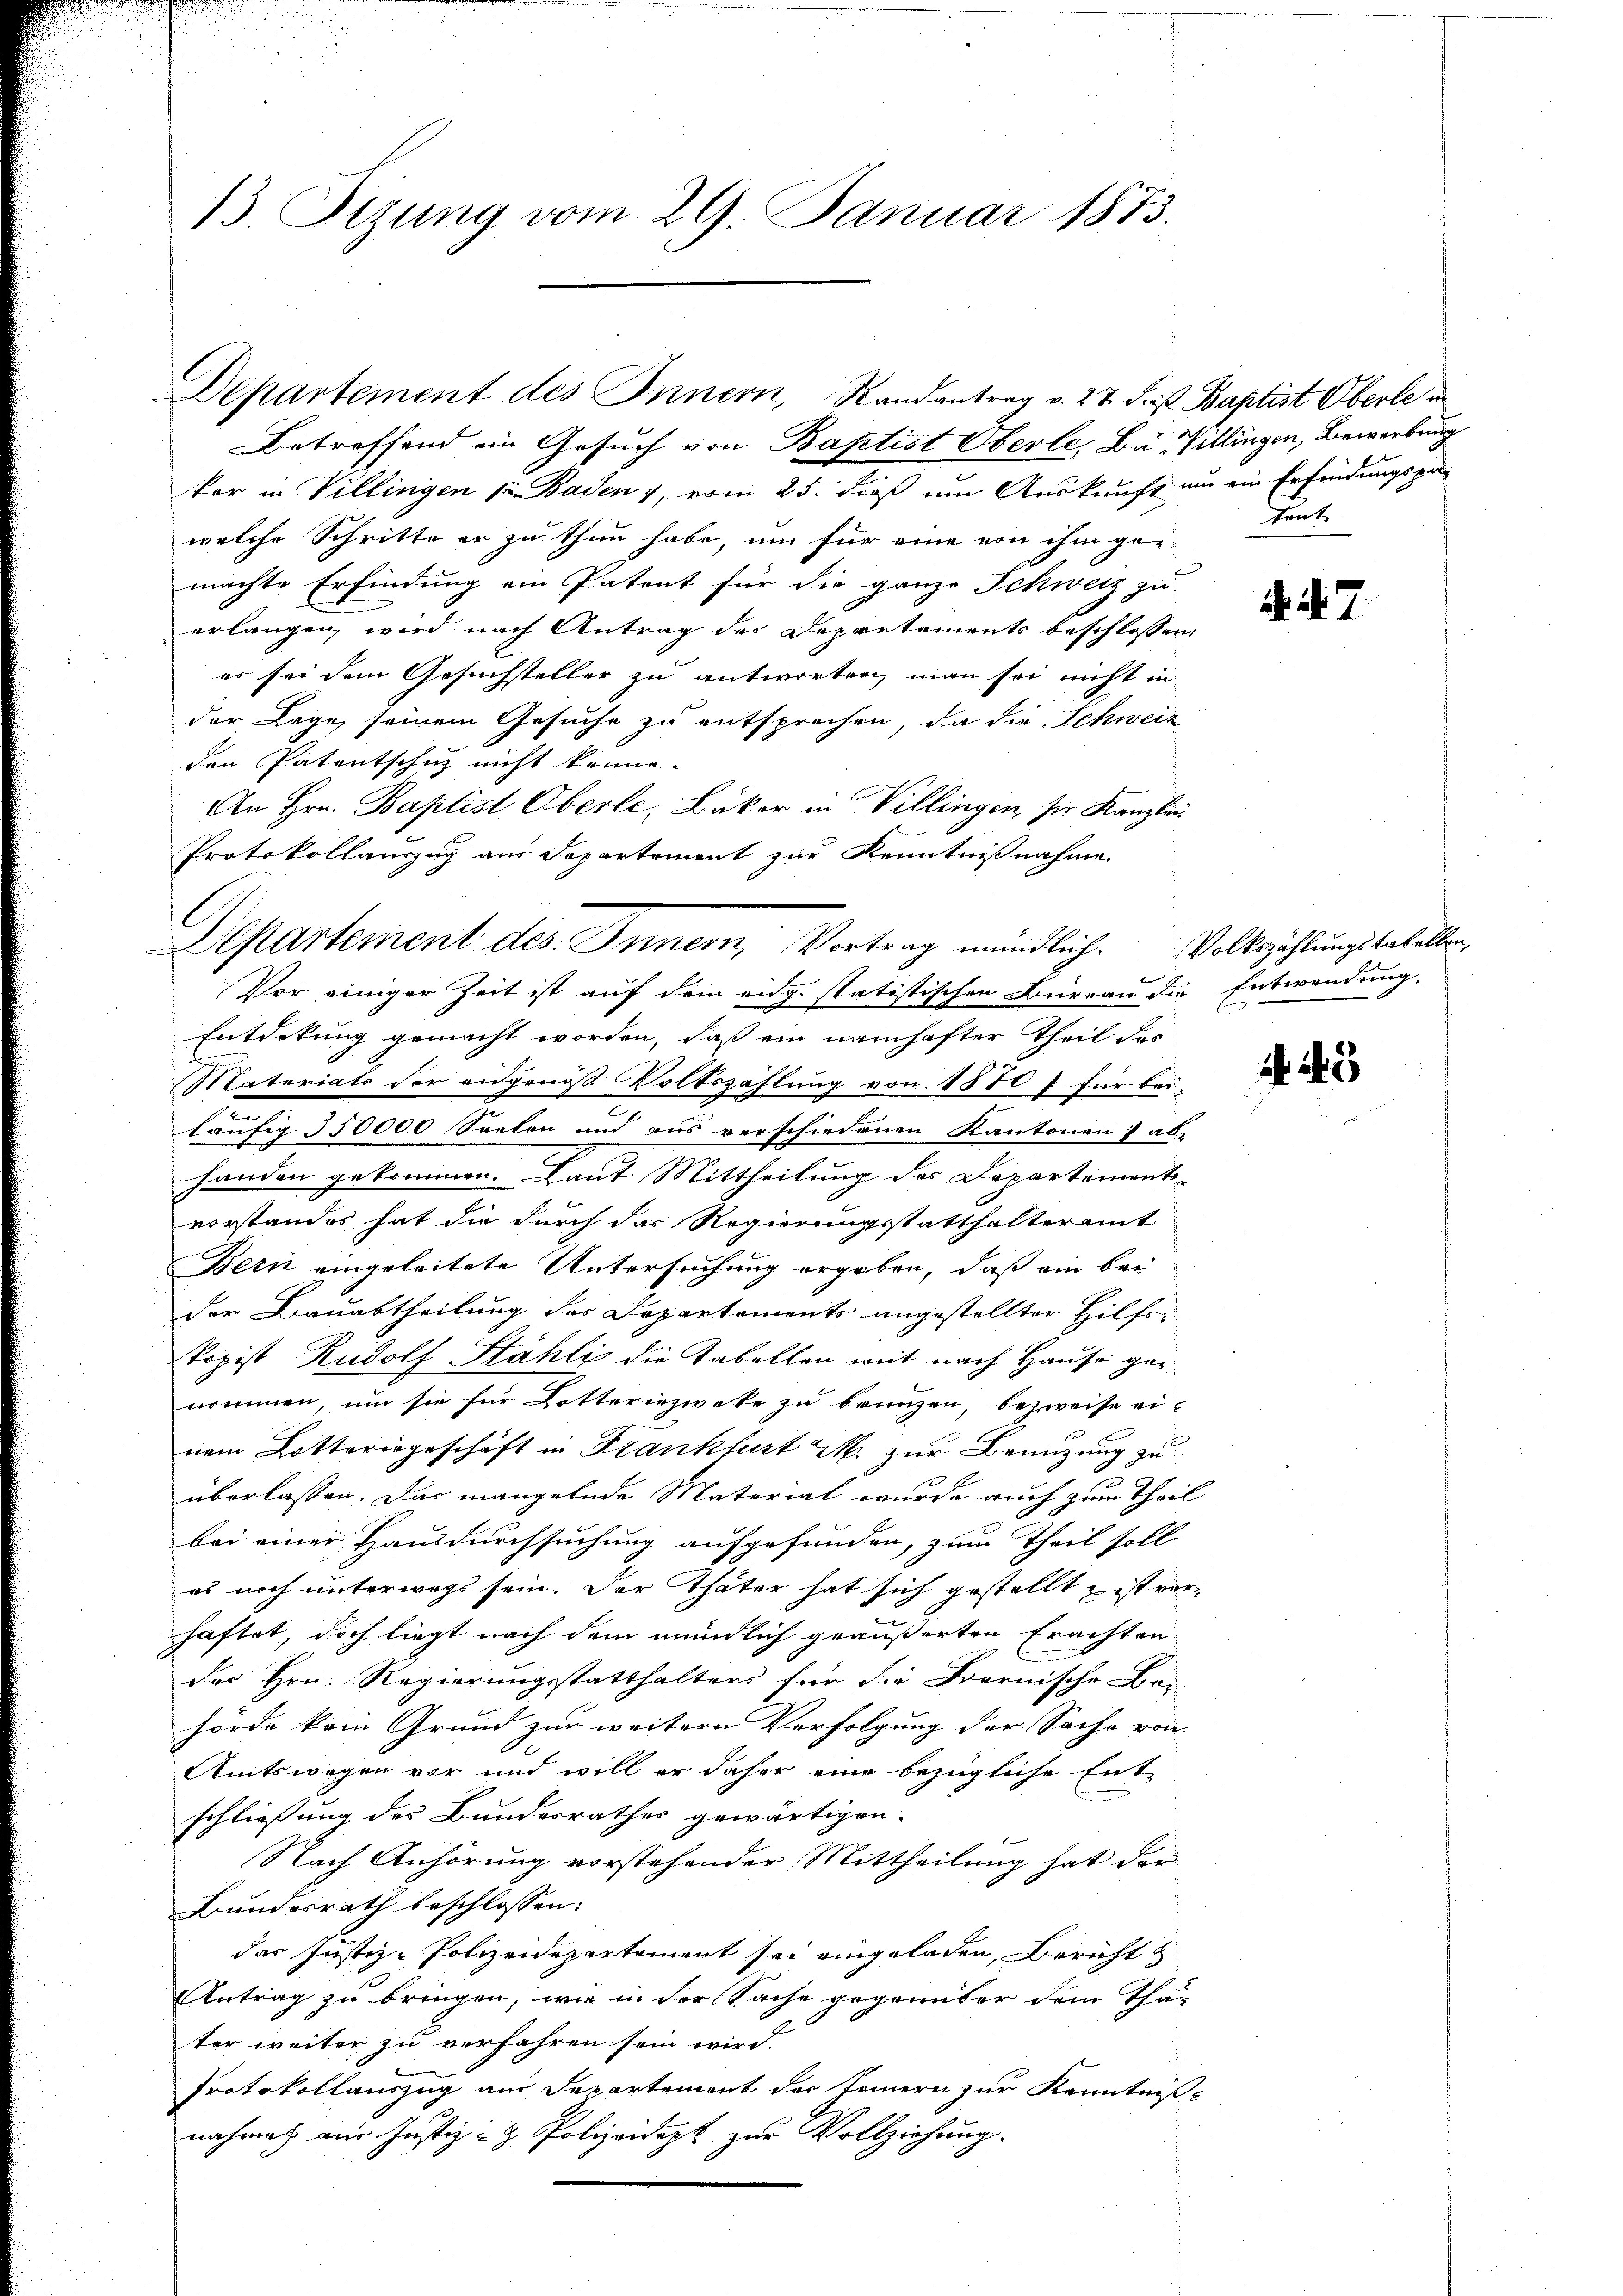
13. Sizung vom 29. Januar 1873.

Departement des Innern, Randantrag v. 27. dieß. Baptist Oberle in

Betreffend ein Gesuch von Baptist Oberle, Ba-Villingen, Bewerbung
kar in Villingen s. Baden 1, vom 25. dieß um Auskunft um ein Erfindungspawelche Schritte er zu thun habe, um für eine von ihm ge-
machte Erfindung ein Patent für die ganze Schweiz zu
erlangen, wird nach Antrag des Departements beschlossen,
er sei dem Gesuchsteller zu antworten, man sei nicht in
der Lage, seinem Gesuche zu entsprechen, da die Schweiz
den Patentschuz nicht könne.
An Hrn. Baptist Oberle, Bäker in Villingen, ser Kanzlei
Protokollauszug aus Departement zur Kenntnißnahme
Vor einiger Zeit ist auf dem eidg. statistischen Büreau die Entwendung.
Entdekung gemacht worden, daß ein namhafter Theil des
Materiats der augenoß Volkszählung von 1570 f für beiläufig 150000 Seelen und aus verschiedenen Kantonen ab-
handen gekommen. Laut Mittheilung des Departements-
vorstandes hat die durch das Regierungsstatthalteramt
Bern eingeleitete Untersuchung ergeben, daß ein bei
der Bauabtheilung des Departements angestellter Hilfskopist Rudolf Stähli die Tabellen mit nach Hause genommen, um sie für Lotteriezweke zu brunzen, bezweife einem Lotteringeschäft in Frankfurt M. zur Benutzung zu
überlassen. Das mangelnde Material wurde auch zum Theil
bei einer Hausdurchsuchung aufgefunden, zum Theil soll
es noch unterwegs sein. Der Thäter hat sich gestellt, ist verhaftet, doch liegt nach dem mündlich geäußerten Erachten
des Hrn. Regierungsstatthalters für die Fornische Bei-
hörde kam Grund zur weitern Verfolgung der Sache von
Amtswegen vor und will er daher eine bezügliche Ent-
schliessung des Bundesrathes gewärtigen.
Nach Anhörung vorstehender Mittheilung hat der
Bundesrath beschlossen:
das Justiz-Polizeidepartement sei eingeladen, Bericht
Antrag zu bringen, wie in der Sache gegenüber dem Thä-
ter weiter zu verfahren sein wird.
Protokollauszug am Departement der Teinern zur Kenntniße
nahme aus Justiz- & Polizeidigt zur Vollziehung.

Departement des Innern, Vortrag mündlich. Volkszählungstabellen,

tent

h. d. 7.

4 43